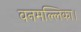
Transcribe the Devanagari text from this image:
वनमल्लिका।